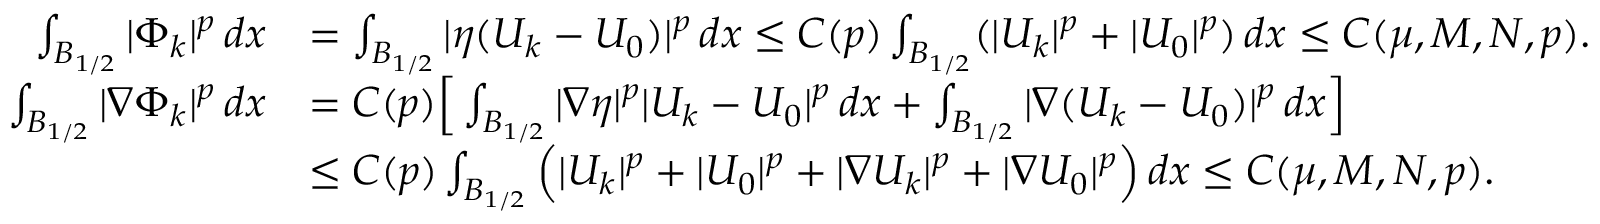
\begin{array} { r l } { \int _ { B _ { 1 / 2 } } | { \Phi } _ { k } | ^ { p } \, d x } & { = \int _ { B _ { 1 / 2 } } | \eta ( U _ { k } - U _ { 0 } ) | ^ { p } \, d x \le C ( p ) \int _ { B _ { 1 / 2 } } ( | U _ { k } | ^ { p } + | U _ { 0 } | ^ { p } ) \, d x \le C ( \mu , M , N , p ) . } \\ { \int _ { B _ { 1 / 2 } } | \nabla { \Phi } _ { k } | ^ { p } \, d x } & { = C ( p ) \Big [ \int _ { B _ { 1 / 2 } } | \nabla \eta | ^ { p } | U _ { k } - U _ { 0 } | ^ { p } \, d x + \int _ { B _ { 1 / 2 } } | \nabla ( U _ { k } - U _ { 0 } ) | ^ { p } \, d x \Big ] } \\ & { \le C ( p ) \int _ { B _ { 1 / 2 } } \Big ( | U _ { k } | ^ { p } + | U _ { 0 } | ^ { p } + | \nabla U _ { k } | ^ { p } + | \nabla U _ { 0 } | ^ { p } \Big ) \, d x \le C ( \mu , M , N , p ) . } \end{array}